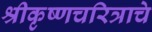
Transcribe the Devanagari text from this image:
श्रीकृष्णचरित्राचे